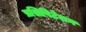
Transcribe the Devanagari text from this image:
प्रसिपिटेशन